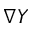
\nabla Y